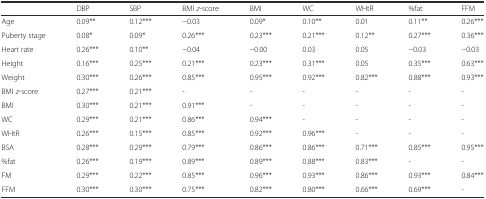
<table><thead><tr><td></td><td><b>DBP</b></td><td><b>SBP</b></td><td><b>BMI <i>z</i>-score </b></td><td><b>BMI</b></td><td><b>WC</b></td><td><b>WHtR</b></td><td><b>%fat</b></td><td><b>FFM</b></td></tr></thead><tbody><tr><td>Age</td><td>0.09**</td><td>0.12***</td><td>−0.03</td><td>0.09*</td><td>0.10**</td><td>0.01</td><td>0.11**</td><td>0.26***</td></tr><tr><td>Puberty stage</td><td>0.08*</td><td>0.09*</td><td>0.26***</td><td>0.23***</td><td>0.21***</td><td>0.12**</td><td>0.27***</td><td>0.36***</td></tr><tr><td>Heart rate</td><td>0.26***</td><td>0.10**</td><td>−0.04</td><td>−0.00</td><td>0.03</td><td>0.05</td><td>−0.03</td><td>−0.03</td></tr><tr><td>Height</td><td>0.16***</td><td>0.25***</td><td>0.21***</td><td>0.23***</td><td>0.31***</td><td>0.05</td><td>0.35***</td><td>0.63***</td></tr><tr><td>Weight</td><td>0.30***</td><td>0.26***</td><td>0.85***</td><td>0.95***</td><td>0.92***</td><td>0.82***</td><td>0.88***</td><td>0.93***</td></tr><tr><td>BMI <i>z</i>-score</td><td>0.27***</td><td>0.21***</td><td>-</td><td>-</td><td>-</td><td>-</td><td>-</td><td>-</td></tr><tr><td>BMI</td><td>0.30***</td><td>0.21***</td><td>0.91***</td><td>-</td><td>-</td><td>-</td><td>-</td><td>-</td></tr><tr><td>WC</td><td>0.29***</td><td>0.21***</td><td>0.86***</td><td>0.94***</td><td>-</td><td>-</td><td>-</td><td>-</td></tr><tr><td>WHtR</td><td>0.26***</td><td>0.15***</td><td>0.85***</td><td>0.92***</td><td>0.96***</td><td>-</td><td>-</td><td>-</td></tr><tr><td>BSA</td><td>0.28***</td><td>0.29***</td><td>0.79***</td><td>0.86***</td><td>0.86***</td><td>0.71***</td><td>0.85***</td><td>0.95***</td></tr><tr><td>%fat</td><td>0.26***</td><td>0.19***</td><td>0.89***</td><td>0.89***</td><td>0.88***</td><td>0.83***</td><td>-</td><td>-</td></tr><tr><td>FM</td><td>0.29***</td><td>0.22***</td><td>0.85***</td><td>0.96***</td><td>0.93***</td><td>0.86***</td><td>0.93***</td><td>0.84***</td></tr><tr><td>FFM</td><td>0.30***</td><td>0.30***</td><td>0.75***</td><td>0.82***</td><td>0.80***</td><td>0.66***</td><td>0.69***</td><td>-</td></tr></tbody></table>